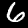
Digit: 6